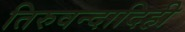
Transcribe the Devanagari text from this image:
तिरुवन्दादिही